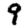
Digit: 9